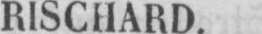
RISCHARD